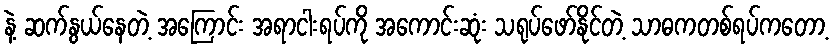
နဲ့ ဆက်နွယ်နေတဲ့ အကြောင်း အရာငါးရပ်ကို အကောင်းဆုံး သရုပ်ဖော်နိုင်တဲ့ သာဓကတစ်ရပ်ကတော့